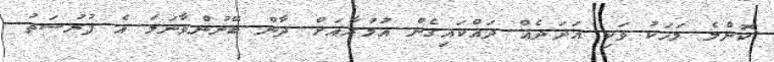
ކޮންމެ މަހަކު ވަކި އަދަދެއް ދައްކައިގެން އުމުރާއަށް ދާން ބޭނުންވާނަމަ އެ ފުރުސަތު